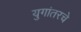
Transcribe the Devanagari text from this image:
युगांतरचे